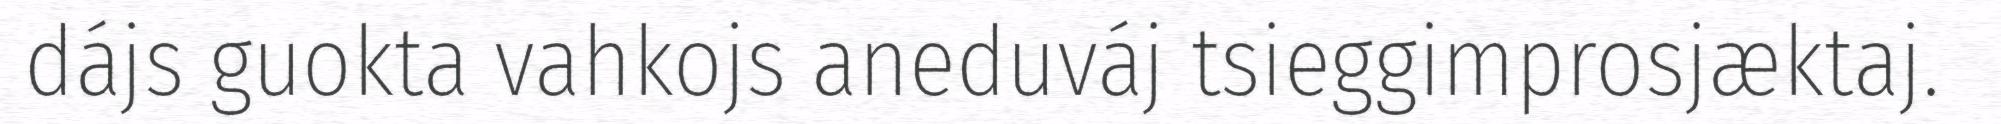
dájs guokta vahkojs aneduváj tsieggimprosjæktaj.